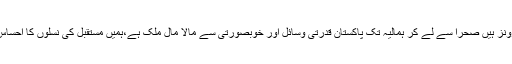
وزیراعظم یہاں 12 ایکولوجیکل زونز ہیں صحرا سے لے کر ہمالیہ تک پاکستان قدرتی وسائل اور خوبصورتی سے مالا مال ملک ہے،ہمیں مستقبل کی نسلوں کا احساس کرکے فیصلے کرنے ہوتے ہیں۔